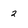
Character: 2